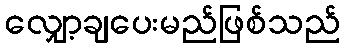
လျှော့ချပေးမည်ဖြစ်သည်